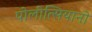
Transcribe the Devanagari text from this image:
पोलीत्सियानो